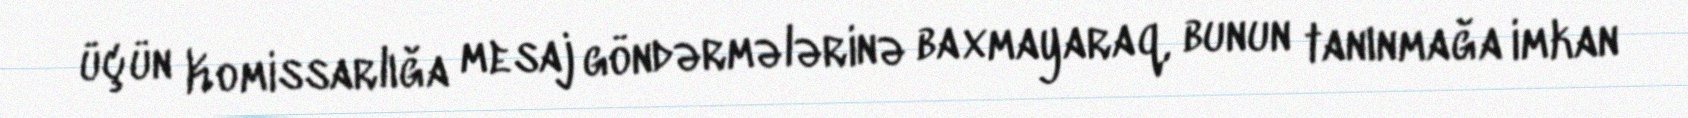
üçün Komissarlığa mesaj göndərmələrinə baxmayaraq, bunun tanınmağa imkan